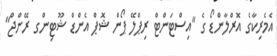
އެމެރިކާގެ އޮރްލާންޑޯ ގެ "އިސްޓަންޓް ރިޕްލޭ ޕޯން ޝޮޕް އެންޑް ޝޫޓިންގ ރޭންޖް"